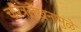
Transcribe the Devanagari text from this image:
चरित्रलेखनामुळे